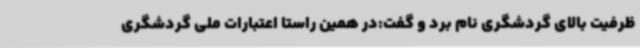
ظرفیت بالای گردشگری نام برد و گفت:در همین راستا اعتبارات ملی گردشگری